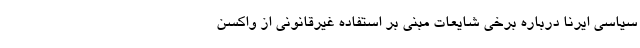
سیاسی ایرنا درباره برخی شایعات مبنی بر استفاده غیرقانونی از واکسن